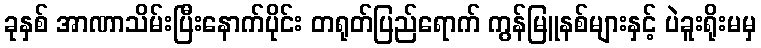
ခုနှစ် အာဏာသိမ်းပြီးနောက်ပိုင်း တရုတ်ပြည်ရောက် ကွန်မြူနစ်များနှင့် ပဲခူးရိုးမမှ